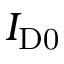
I _ { \mathrm { D 0 } }